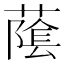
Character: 䕃